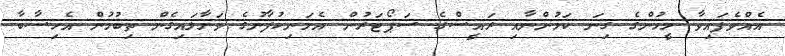
އެއްވެފައިވާ މީހުންގެ ގިނަ ކަމުންނާއި ރައީސްގެ ސަޕޯޓަރުން އެމަނިކުފާނުގެ ވަށާލައިގެން ތިބުމުން އެހިސާބާ